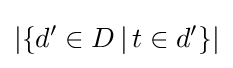
|\{d'\in D\,|\,t\in d'\}|